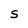
Character: S